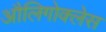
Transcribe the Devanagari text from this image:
औलिगोक्लेस